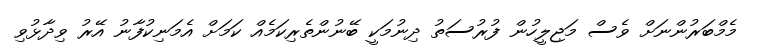
މެމްބަރުންނަށް ވެސް މަޖިލީހުން ފުރުސަތު ދިނުމަކީ ބޭނުންތެރިކަމެއް ކަމަށް އެމަނިކުފާނު އޭރު ވިދާޅުވި